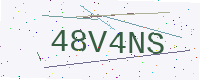
Text: 48V4NS